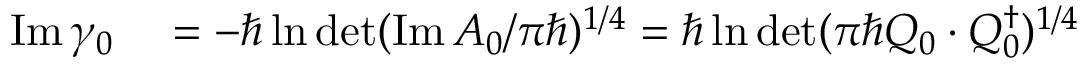
\begin{array} { r l } { \operatorname { I m } \gamma _ { 0 } } & { { } = - \hbar \ln \operatorname* { d e t } ( \operatorname { I m } A _ { 0 } / \pi \hbar ) ^ { 1 / 4 } = \hbar \ln \operatorname* { d e t } ( \pi \hbar Q _ { 0 } \cdot Q _ { 0 } ^ { \dag } ) ^ { 1 / 4 } } \end{array}